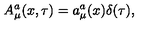
A _ { \mu } ^ { a } ( x , \tau ) = a _ { \mu } ^ { a } ( x ) \delta ( \tau ) ,